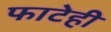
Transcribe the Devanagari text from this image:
फाटेही